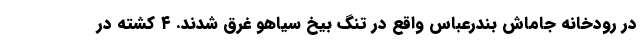
در رودخانه جاماش بندرعباس واقع در تنگ بیخ سیاهو غرق شدند. ۴ کشته در